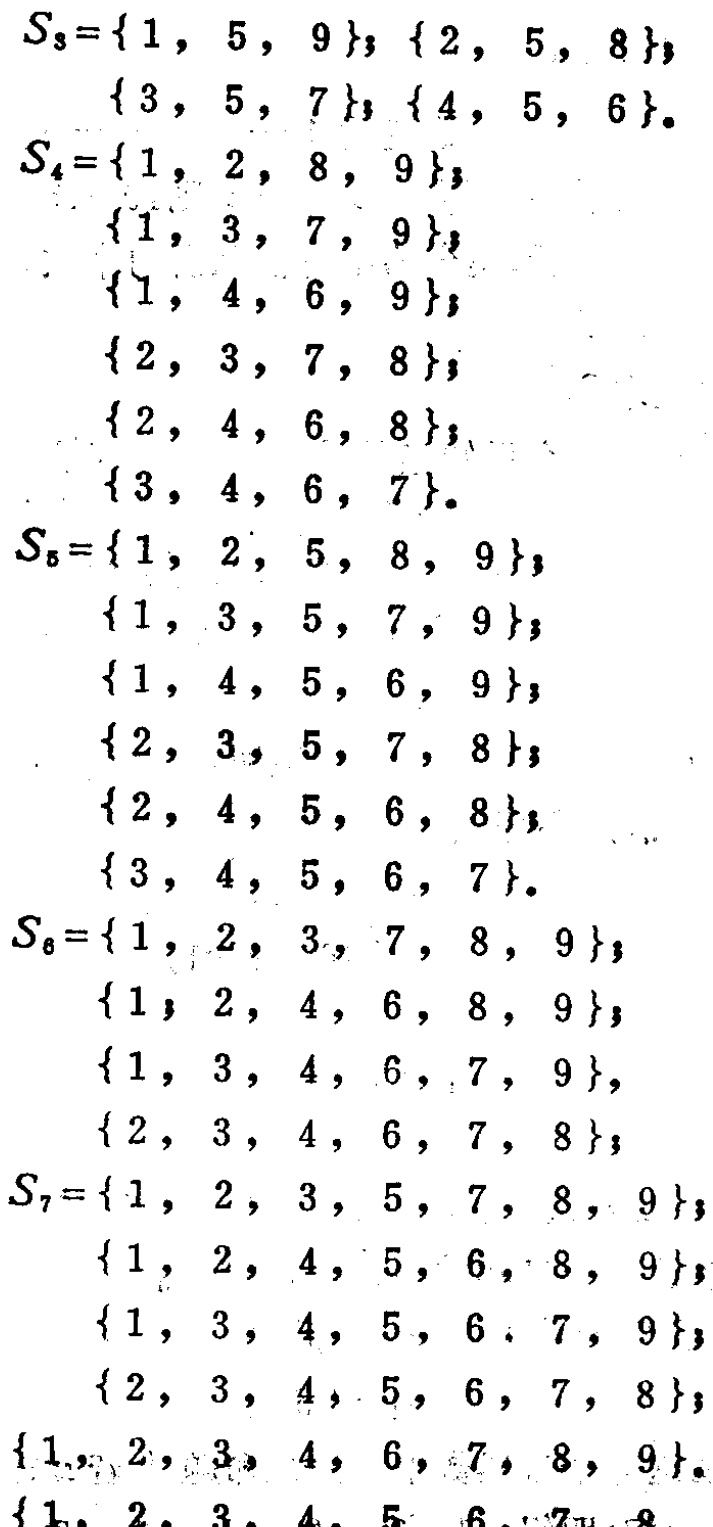
\begin{align*}
S_3&=\{1,5,9\},\{2,5,8\},\{3,5,7\},\{4,5,6\}.\\
S_4&=\{1,2,8,9\},\{1,3,7,9\},\{1,4,6,9\},\{2,3,7,8\},\{2,4,6,8\},\{3,4,6,7\}.\\
S_5&=\{1,2,5,8,9\},\{1,3,5,7,9\},\{1,4,5,6,9\},\{2,3,5,7,8\},\{2,4,5,6,8\},\{3,4,5,6,7\}.\\
S_6&=\{1,2,3,7,8,9\},\{1,2,4,6,8,9\},\{1,3,4,6,7,9\},\{2,3,4,6,7,8\},\\
S_7&=\{1,2,3,5,7,8,9\},\{1,2,4,5,6,8,9\},\{1,3,4,5,6,7,9\},\{2,3,4,5,6,7,8\},\\
&\{1,2,3,4,6,7,8,9\}.\\
&\{1,2,3,4,5,6,7,8
\end{align*}